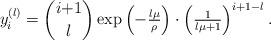
LaTeX: \begin{align*}y_i^{(l)}=\binom{i{+}1}{l}\exp\left(-\tfrac{l\mu}{\rho}\right)\cdot\left(\tfrac{1}{l\mu+1}\right)^{i{+}1-l}.\end{align*}